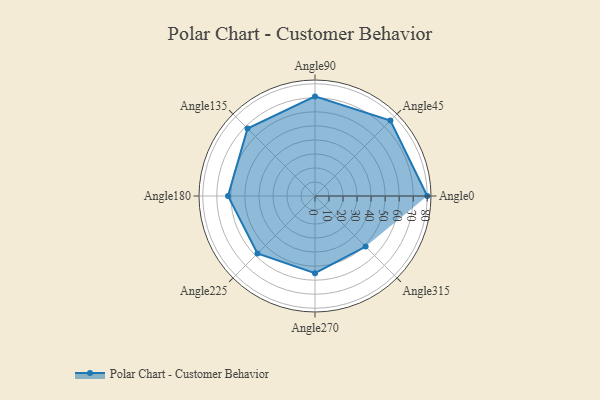
{"axis": {"x": "Angle", "y": "Radius"}, "legend": [""], "data": [{"x": "Angle0", "y": 80.0, "type": ""}, {"x": "Angle45", "y": 76.0, "type": ""}, {"x": "Angle90", "y": 71.0, "type": ""}, {"x": "Angle135", "y": 68.0, "type": ""}, {"x": "Angle180", "y": 62.0, "type": ""}, {"x": "Angle225", "y": 58.0, "type": ""}, {"x": "Angle270", "y": 55.0, "type": ""}, {"x": "Angle315", "y": 51.0, "type": ""}]}